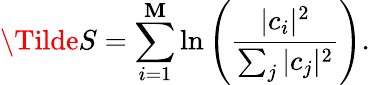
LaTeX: \Tilde{S}=\sum_{i=1}^{\mathbf{M}}\ln\left(\frac{{|c_{i}|^{2}}}{{\sum_{j}|c_{j}|^{2}}}\right).